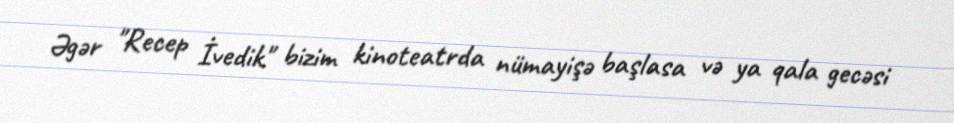
Əgər "Recep İvedik" bizim kinoteatrda nümayişə başlasa və ya qala gecəsi